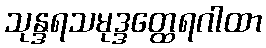
သုန္ဒရသမုဒ္ဒတ္ထေရဂါထာ